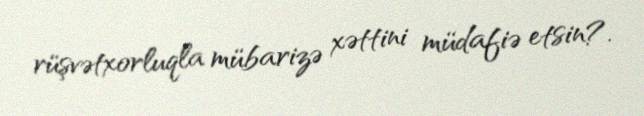
rüşvətxorluqla mübarizə xəttini müdafiə etsin?.